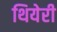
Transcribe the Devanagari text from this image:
थियेरी